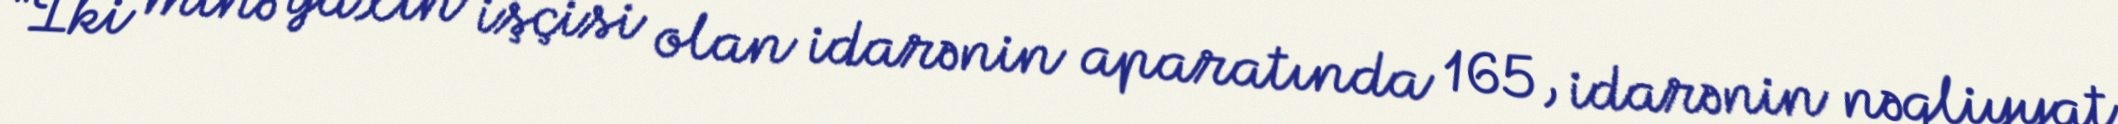
“İki minə yaxın işçisi olan idarənin aparatında 165, idarənin nəqliyyat